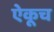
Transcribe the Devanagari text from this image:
ऐकूच